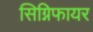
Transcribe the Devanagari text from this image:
सिग्निफायर